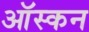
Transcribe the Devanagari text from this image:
ऑस्कन